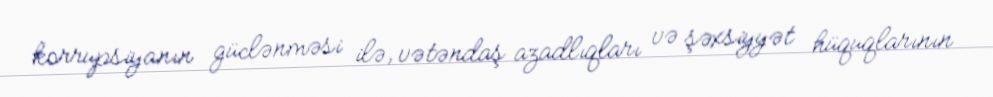
korrupsiyanın güclənməsi ilə, vətəndaş azadlıqları və şəxsiyyət hüquqlarının